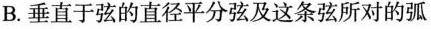
B. 垂直于弦的直径平分弦及这条弦所对的弧